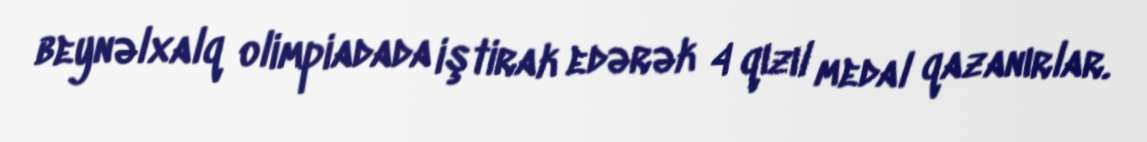
beynəlxalq olimpiadada iştirak edərək 4 qızıl medal qazanırlar.